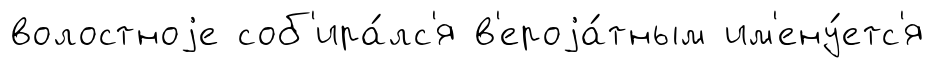
волостноjе соб'ира́лс'я в'ероjа́тным им'ену́етс'я